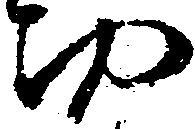
功